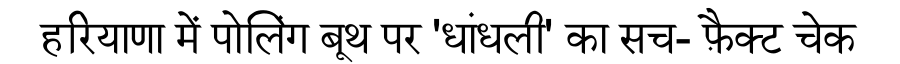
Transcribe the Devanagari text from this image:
हरियाणा में पोलिंग बूथ पर 'धांधली' का सच- फ़ैक्ट चेक